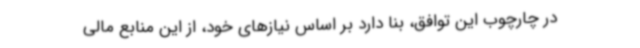
در چارچوب این توافق، بنا دارد بر اساس نیازهای خود، از این منابع مالی